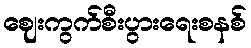
ဈေးကွက်စီးပွားရေးစနစ်